Vaccine operations Central Provinces 1886-1899 - 1886-1899
Year: 1886
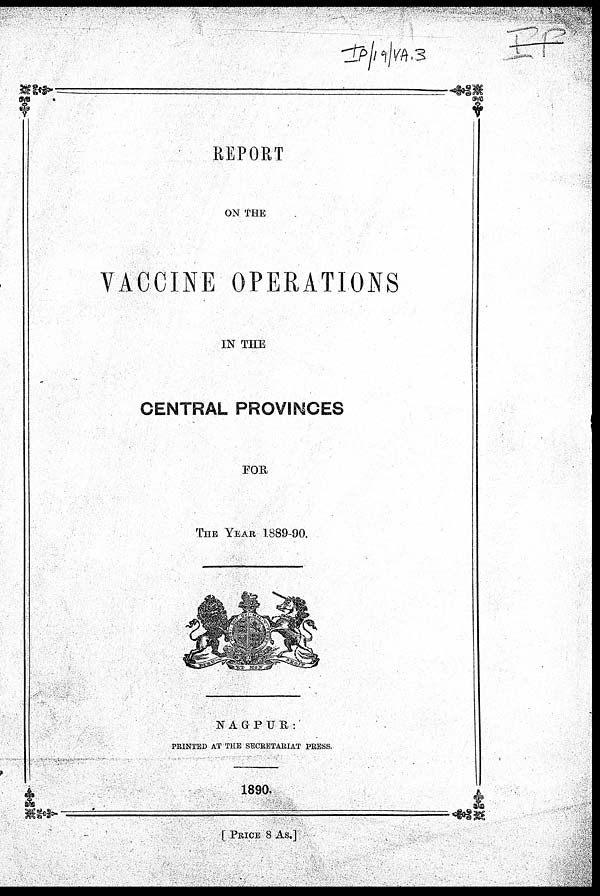
REPORT
ON THE
VACCINE OPERATIONS
IN THE
CENTRAL PROVINCES
FOR
THE YEAR 1889-90.
NAGPUR:
PRINTED AT THE SECRETARIAT PRESS.
1890.
[ PRICE 8 As.]